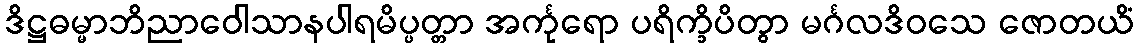
ဒိဋ္ဌဓမ္မာဘိညာဝေါသာနပါရမိပ္ပတ္တာ အင်္ကုရော ပရိက္ခိပိတွာ မင်္ဂလဒိဝသေ ဇောတယိံ